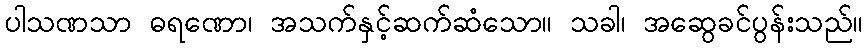
ပါသဏသာ ဓရဏော၊ အသက်နှင့်ဆက်ဆံသော။ သခါ၊ အဆွေခင်ပွန်းသည်။